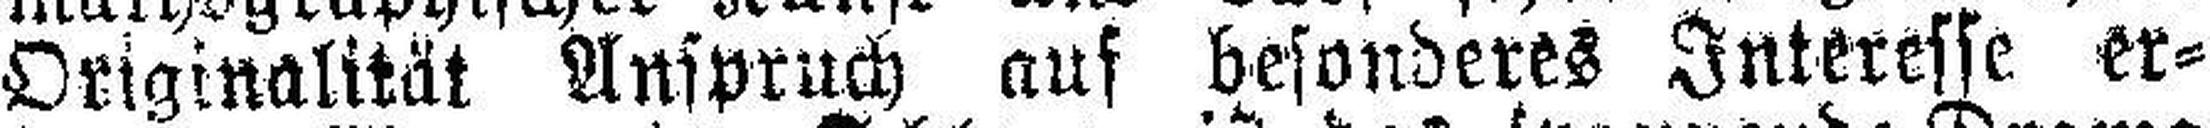
Originalität Anspruch auf besonderes Interesse er¬